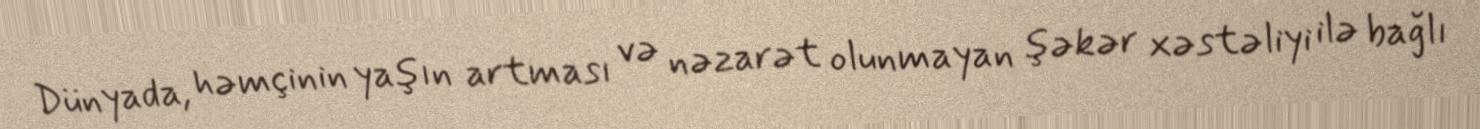
Dünyada, həmçinin yaşın artması və nəzarət olunmayan şəkər xəstəliyi ilə bağlı